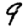
Digit: 9